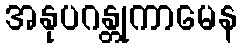
အနုပဂန္တုကာမေန